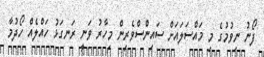
ފޯނު ނިވުމުގެ މި މައްސަލައަށް ސައިންސްވެރިން މިހާރު ވަނީ ރަނގަޅު ހައްލެއް ހޯދުމާ